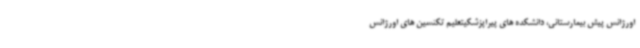
اورژانس پیش بیمارستانی، دانشکده های پیراپزشکیتعلیم تکنسین های اورژانس